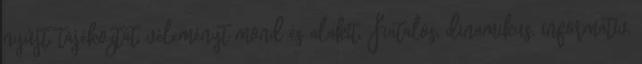
nyújt, tájékoztat, véleményt mond és alakít. Fiatalos, dinamikus, informatív,